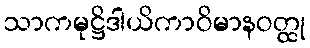
သာကမုဋ္ဌိဒါယိကာဝိမာနဝတ္ထု